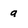
Character: a